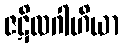
ဇဋိလဂါဟိယာ